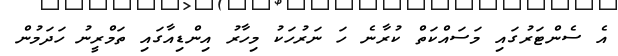
އެ ސެންޓަރުގައި މަސައްކަތް ކުރާނެ ހަ ނަރުހަކު މިހާރު އިންޑިއާގައި ތަމްރީނު ހަދަމުން